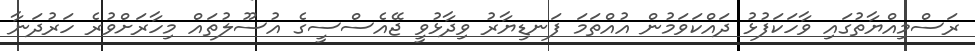
ރަސްމިއްޔާތުގައި ވާހަކަފުޅު ދައްކަވަމުން އުއްތަމަ ފަނޑިޔާރު ވިދާޅުވީ ޖޭއެސްސީގެ އުސޫލުތައް މިހާރަށްވުރެ ހަރުދަނާ